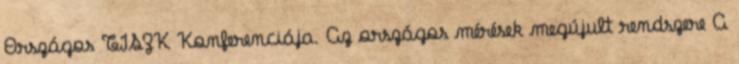
Országos TISZK Konferenciája. Az országos mérések megújult rendszere A